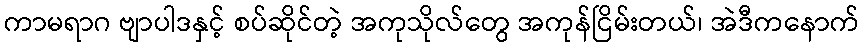
ကာမရာဂ ဗျာပါဒနှင့် စပ်ဆိုင်တဲ့ အကုသိုလ်တွေ အကုန်ငြိမ်းတယ်၊ အဲဒီကနောက်